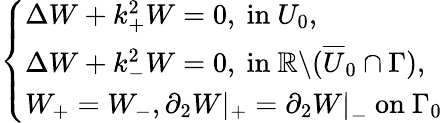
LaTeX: \left\{ \begin{array}{ll}{\Delta W+k_{+}^{2}W=0,\mathrm{~in~}U_{0},}\\ {\Delta W+k_{-}^{2}W=0,\mathrm{~in~}\mathbb{R}\backslash(\overline{{U}}_{0}\cap\Gamma),}\\ {W_{+}=W_{-},\partial_{2}W\left|_{+}=\partial_{2}W\right|_{-}\mathrm{~on~}\Gamma_{0}}\end{array}\right.